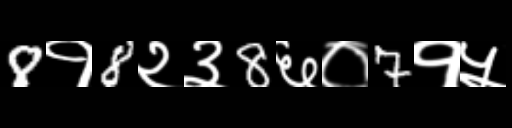
Text: 8१8२३8६०7१५